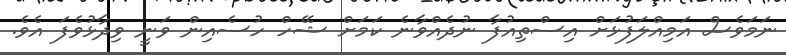
ނަމަވެސް އަމިއްލަފުޅަށް އިސްތިއުފާ ނުދެއްވާނެ ކަމަށް ޝޭހް ހުސެއިން ވަނީ ވިދާޅުވެފަ އެވެ.